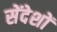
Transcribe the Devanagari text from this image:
सेंदेशों